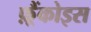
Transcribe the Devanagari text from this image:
फ़्रैंकोइस